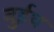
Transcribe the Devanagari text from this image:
वुईथ